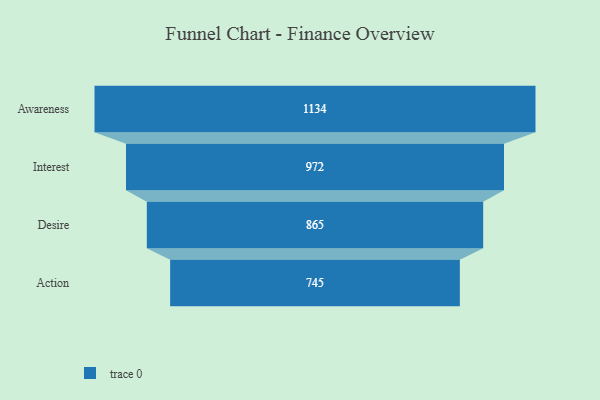
{"axis": {"x": "Stage", "y": "Value"}, "legend": [""], "data": [{"x": "Awareness", "y": 1134.0, "type": ""}, {"x": "Interest", "y": 972.0, "type": ""}, {"x": "Desire", "y": 865.0, "type": ""}, {"x": "Action", "y": 745.0, "type": ""}]}